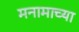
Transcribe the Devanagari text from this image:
मनामाच्या